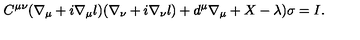
C ^ { \mu \nu } ( \nabla _ { \mu } + i \nabla _ { \mu } l ) ( \nabla _ { \nu } + i \nabla _ { \nu } l ) + d ^ { \mu } \nabla _ { \mu } + X - \lambda ) \sigma = I .